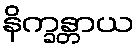
နိက္ခန္တာယ